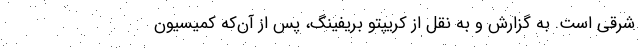
شرقی است. به گزارش و به نقل از کریپتو بریفینگ، پس از آن‌که کمیسیون